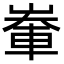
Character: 輋